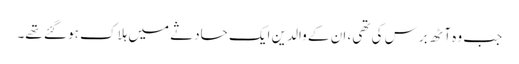
جب وہ آٹھ برس کی تھی، ان کے والدین ایک حادثے میں ہلاک ہو گئے تھے۔